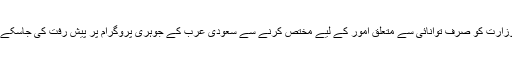
اس وزارت کو صرف توانائی سے متعلق امور کے لیے مختص کرنے سے سعودی عرب کے جوہری پروگرام پر پیش رفت کی جاسکے گی۔